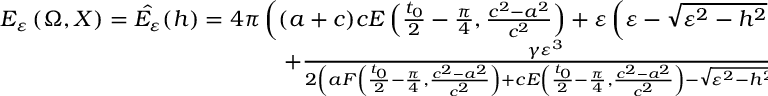
\begin{array} { r } { E _ { \varepsilon } \left( \Omega , X \right) = \hat { E _ { \varepsilon } } ( h ) = 4 \pi \left( ( a + c ) c E \left( \frac { t _ { 0 } } { 2 } - \frac { \pi } { 4 } , \frac { c ^ { 2 } - a ^ { 2 } } { c ^ { 2 } } \right) + \varepsilon \left( \varepsilon - \sqrt { \varepsilon ^ { 2 } - h ^ { 2 } } \right) \right) } \\ { + \frac { \gamma \varepsilon ^ { 3 } } { 2 \left( a F \left( \frac { t _ { 0 } } { 2 } - \frac { \pi } { 4 } , \frac { c ^ { 2 } - a ^ { 2 } } { c ^ { 2 } } \right) + c E \left( \frac { t _ { 0 } } { 2 } - \frac { \pi } { 4 } , \frac { c ^ { 2 } - a ^ { 2 } } { c ^ { 2 } } \right) - \sqrt { \varepsilon ^ { 2 } - h ^ { 2 } } \right) } , } \end{array}